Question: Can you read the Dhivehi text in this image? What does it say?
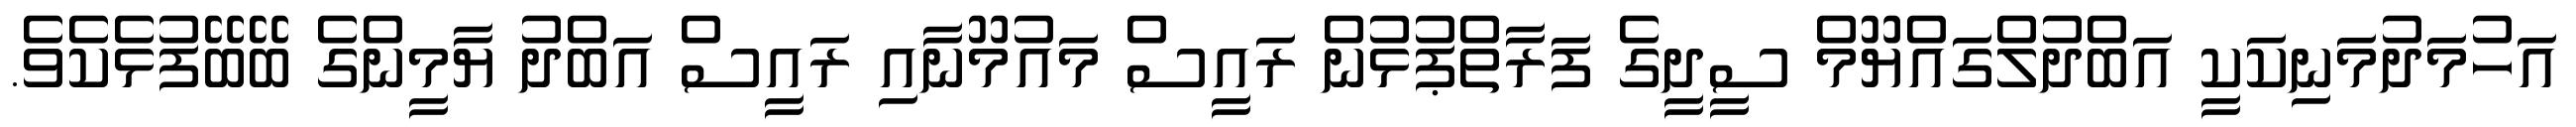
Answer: އަހުމަދުމަނިކަކީ އަބްދުލްގައްޔޫމް ސީދީގެ ފަރާތްޕުޅުން ރައީސް މައުމޫނާއި ރައީސް އަބްދު ޔާމީންގެ ބޭބޭފުޅެކެވެ.